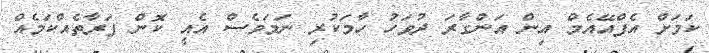
ކަމަށް އެފްއޭއެމް އިން އަންގާރަ ދުވަހު ހާމަކުރި ނަމަވެސް އެއީ ކޮން ފަރާތެއްކަމެއް